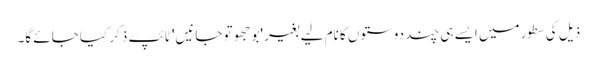
ذیل کی سطور میں ایسے ہی چند دوستوں کا نام لیے بغیر 'بوجھو تو جانیں' ٹائپ ذکر کیا جائے گا۔